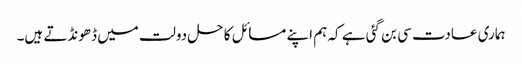
ہماری عادت سی بن گئی ہے کہ ہم اپنے مسائل کا حل دولت میں ڈھونڈتے ہیں۔